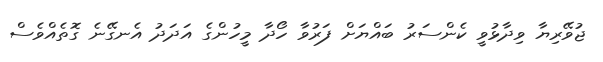
ޖުވޭރިޔާ ވިދާޅުވީ ކެންސަރު ބައްޔަށް ފަރުވާ ހޯދާ މީހުންގެ އަދަދު އެނގޭނެ ގޮތެއްވެސް